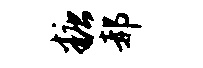
糖郝